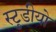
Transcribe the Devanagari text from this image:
स्टुडीयो